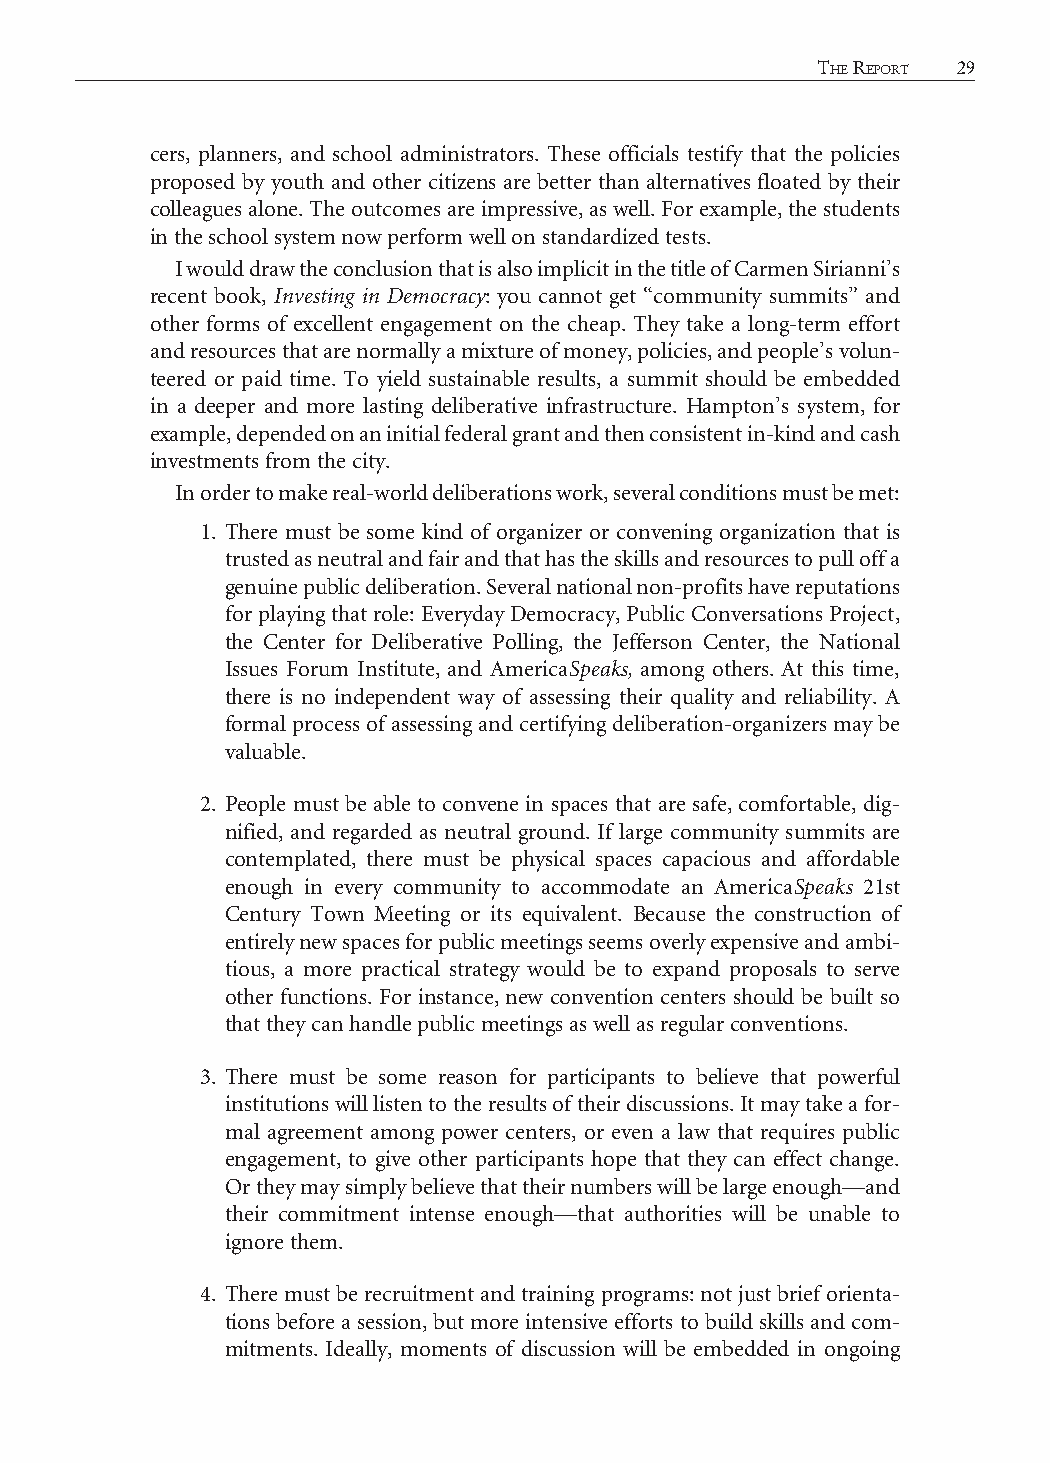
28 CiviC EngagEmEnt and Community information         thE rEport 29
 cers, planners, and school administrators. These officials testify that the policies
 proposed by youth and other citizens are better than alternatives floated by their
 colleagues alone. The outcomes are impressive, as well. For example, the students
 in the school system now perform well on standardized tests.
 I would draw the conclusion that is also implicit in the title of Carmen Sirianni’s
 recent book, Investing in Democracy: you cannot get “community summits” and
 other forms of excellent engagement on the cheap. They take a long-term effort
 and resources that are normally a mixture of money, policies, and people’s volun-
 teered or paid time. To yield sustainable results, a summit should be embedded
 in a deeper and more lasting deliberative infrastructure. Hampton’s system, for
 example, depended on an initial federal grant and then consistent in-kind and cash
 investments from the city.
 In order to make real-world deliberations work, several conditions must be met:
 1. There must be some kind of organizer or convening organization that is
 trusted as neutral and fair and that has the skills and resources to pull off a
 genuine public deliberation. Several national non-profits have reputations
 for playing that role: Everyday Democracy, Public Conversations Project,
 the Center for Deliberative Polling, the Jefferson Center, the National
 Issues Forum Institute, and AmericaSpeaks, among others. At this time,
 there is no independent way of assessing their quality and reliability. A
 formal process of assessing and certifying deliberation-organizers may be
 valuable.
 2. People must be able to convene in spaces that are safe, comfortable, dig-
 nified, and regarded as neutral ground. If large community summits are
 contemplated, there must be physical spaces capacious and affordable
 enough in every community to accommodate an AmericaSpeaks 21st
 Century Town Meeting or its equivalent. Because the construction of
 entirely new spaces for public meetings seems overly expensive and ambi-
 tious, a more practical strategy would be to expand proposals to serve
 other functions. For instance, new convention centers should be built so
 that they can handle public meetings as well as regular conventions.
 3. There must be some reason for participants to believe that powerful
 institutions will listen to the results of their discussions. It may take a for-
 mal agreement among power centers, or even a law that requires public
 engagement, to give other participants hope that they can effect change.
 Or they may simply believe that their numbers will be large enough—and
 their commitment intense enough—that authorities will be unable to
 ignore them.
 4. There must be recruitment and training programs: not just brief orienta-
 tions before a session, but more intensive efforts to build skills and com-
 mitments. Ideally, moments of discussion will be embedded in ongoing